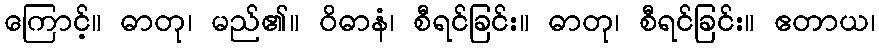
ကြောင့်။ ဓာတု၊ မည်၏။ ဝိဓာနံ၊ စီရင်ခြင်း။ ဓာတု၊ စီရင်ခြင်း။ ဧတာယ၊